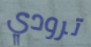
ترودي